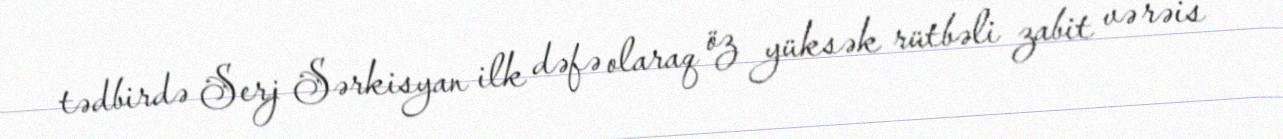
tədbirdə Serj Sərkisyan ilk dəfə olaraq öz yüksək rütbəli zabit və rəis